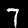
Digit: 7